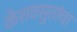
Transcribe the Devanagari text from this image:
केशवसुतांचा